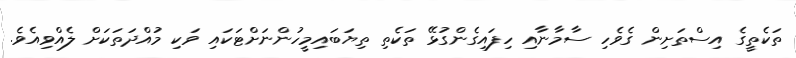
ތަކެތީގެ އިސްތަށިން ގެވެހި ސާމާނާއި ހިފައިގެންގުޅޭ ތަކެތި ތިޔަބައިމީހުންނަށްޓަކައި ވަކި މުއްދަތަކަށް ލެއްވިއެވެ.